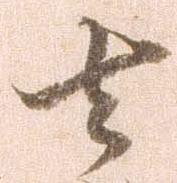
去